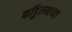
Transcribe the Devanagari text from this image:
कडुिलबाच्या